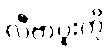
လီဗာပူးကို